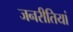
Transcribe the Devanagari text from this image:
जनरीतियां